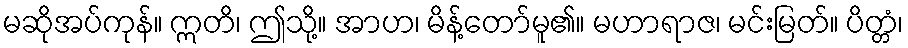
မဆိုအပ်ကုန်။ ဣတိ၊ ဤသို့။ အာဟ၊ မိန့်တော်မူ၏။ မဟာရာဇ၊ မင်းမြတ်။ ပိတ္တံ၊